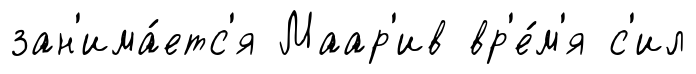
зан'има́етс'я Маар'ив вр'е́м'я с'ил